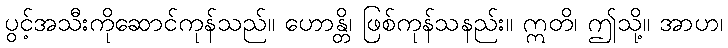
ပွင့်အသီးကိုဆောင်ကုန်သည်။ ဟောန္တိ၊ ဖြစ်ကုန်သနည်း။ ဣတိ၊ ဤသို့။ အာဟ၊